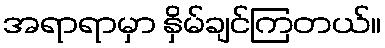
အရာရာမှာ နှိမ်ချင်ကြတယ်။